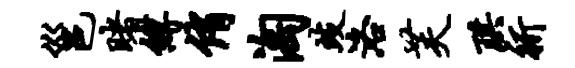
邕睹缚侑淘歧洛芙珙祈